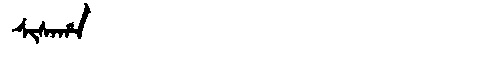
Manchu: ᠰᡳᠰᠠᡥᠠ
Romanization: SISAHA